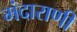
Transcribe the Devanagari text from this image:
मंदाराणी